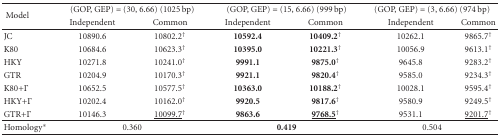
| <ROWSPAN=2> Model | <COLSPAN=2> (GOP, GEP) = (30, 6.66) (1025 bp) | <COLSPAN=2> (GOP, GEP) = (15, 6.66) (999 bp) | <COLSPAN=2> (GOP, GEP) = (3, 6.66) (974 bp) |
 | Independent | Common | Independent | Common | Independent | Common |
 | --- | --- | --- | --- | --- | --- | --- |
 | JC | 10890.6 | 10802.2† | 10592.4 | 10409.2† | 10262.1 | 9865.7† |
 | K80 | 10684.6 | 10623.3† | 10395.0 | 10221.3† | 10056.9 | 9613.1† |
 | HKY | 10271.8 | 10241.0† | 9991.1 | 9875.0† | 9645.8 | 9283.2† |
 | GTR | 10204.9 | 10170.3† | 9921.1 | 9820.4† | 9585.0 | 9234.3† |
 | K80+Γ | 10652.5 | 10577.5† | 10363.0 | 10188.2† | 10028.1 | 9595.4† |
 | HKY+Γ | 10202.4 | 10162.0† | 9920.5 | 9817.6† | 9580.9 | 9249.5† |
 | GTR+Γ | 10146.3 | <underline>10099.7</underline>† | 9863.6 | <underline>9768.5</underline>† | 9531.1 | <underline>9201.7</underline>† |
 | Homology* | <COLSPAN=2> 0.360 | <COLSPAN=2> 0.419 | <COLSPAN=2> 0.504 |